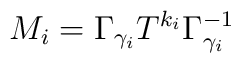
M_i= \Gamma_{\gamma_i} T^{k_i} \Gamma_{\gamma_i}^{-1}